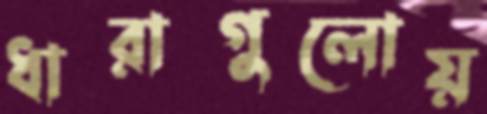
ধারাগুলোয়